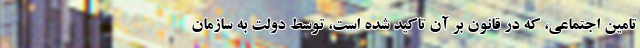
تامین اجتماعی، که در قانون بر آن تاکید شده است، توسط دولت به سازمان